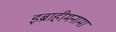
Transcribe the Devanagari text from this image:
इब्राहीमनामा